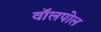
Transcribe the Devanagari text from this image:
वॉलपोल